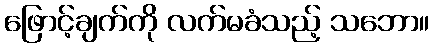
ဖြောင့်ချက်ကို လက်မခံသည့် သဘော။